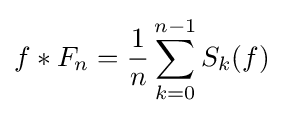
f*F_{n}={\frac {1}{n}}\sum _{k=0}^{n-1}S_{k}(f)